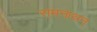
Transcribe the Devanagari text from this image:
रामनाथन्